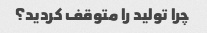
چرا تولید را متوقف کردید؟